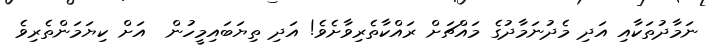
ނަމާދުތަކާއި އަދި މެދުނަމާދުގެ މައްޗަށް ރައްކާތެރިވާށެވެ! އަދި ތިޔަބައިމީހުން  އަށް ކިޔަމަންތެރިވެ